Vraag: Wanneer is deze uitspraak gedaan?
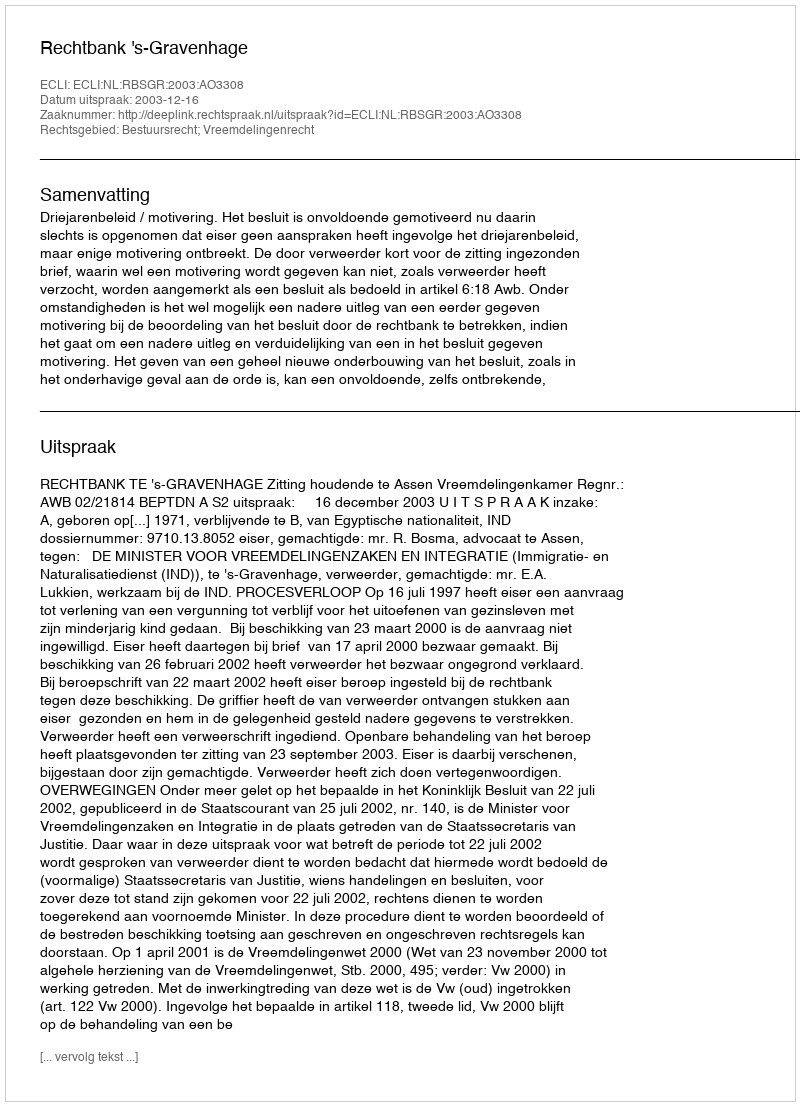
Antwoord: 2003-12-16